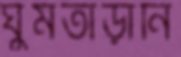
ঘুমতাড়ানি